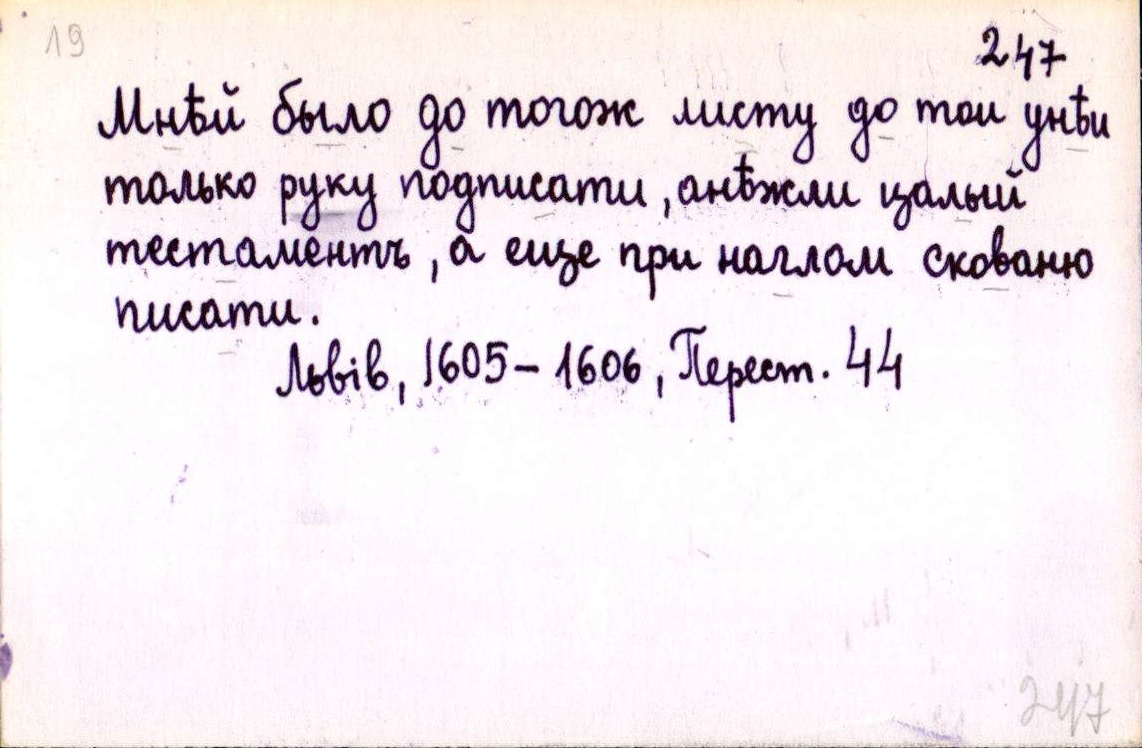
Мнѣй было до тогож листу до тои унѣи
только руку подписати, анѣжли цалый
тестаментъ, а еще при наглом скованю
писати.
Львів, 1605-1606, Перест. 44